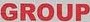
GROUP